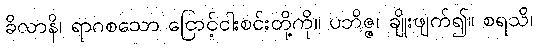
ခိလာနိ၊ ရာဂစသော ငြောင့်ငါးစင်းတို့ကို။ ပဘိဇ္ဇ၊ ချိုးဖျက်၍။ စရသိ၊